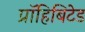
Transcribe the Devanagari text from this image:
प्रॉहिबिटेड